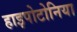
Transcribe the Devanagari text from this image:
हाइपोटोनिया